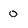
Character: 0